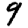
Digit: 9